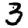
Digit: 3